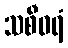
သစီဝရံ